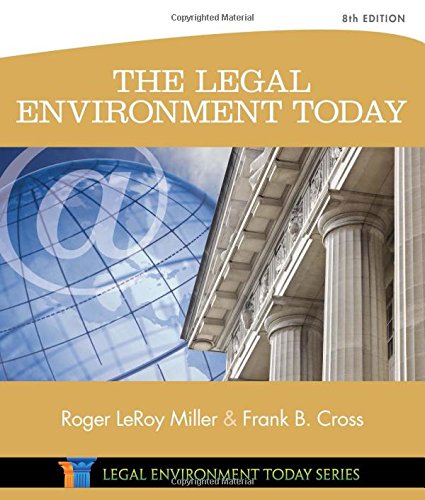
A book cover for The Legal Environment Today (Miller Business Law Today Family); Roger LeRoy Miller; Law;